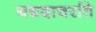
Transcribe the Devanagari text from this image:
यद्यदाचरति